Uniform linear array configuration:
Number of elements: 32
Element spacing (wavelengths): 0.5
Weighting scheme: hamming
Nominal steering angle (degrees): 45
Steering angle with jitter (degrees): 46.816
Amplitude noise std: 0.05
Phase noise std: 0.05

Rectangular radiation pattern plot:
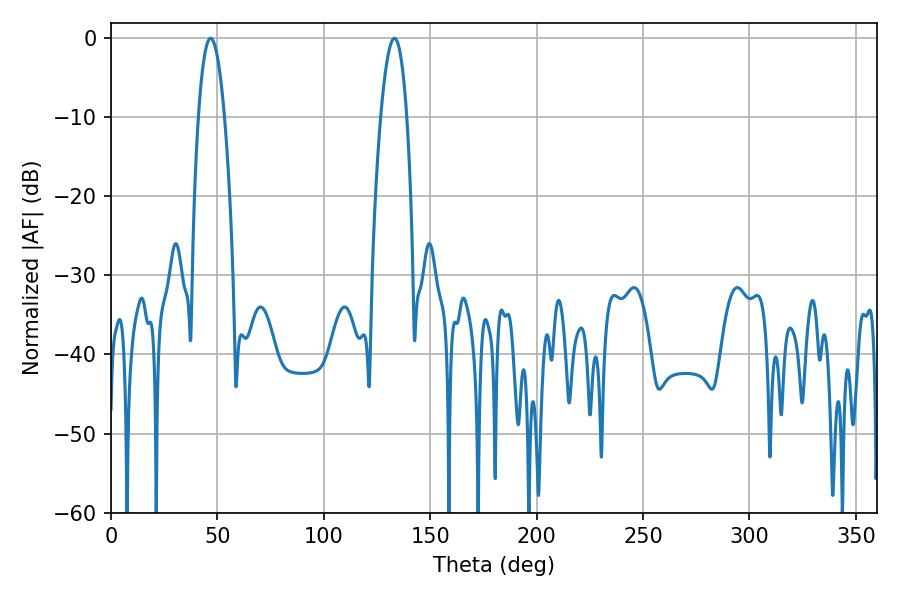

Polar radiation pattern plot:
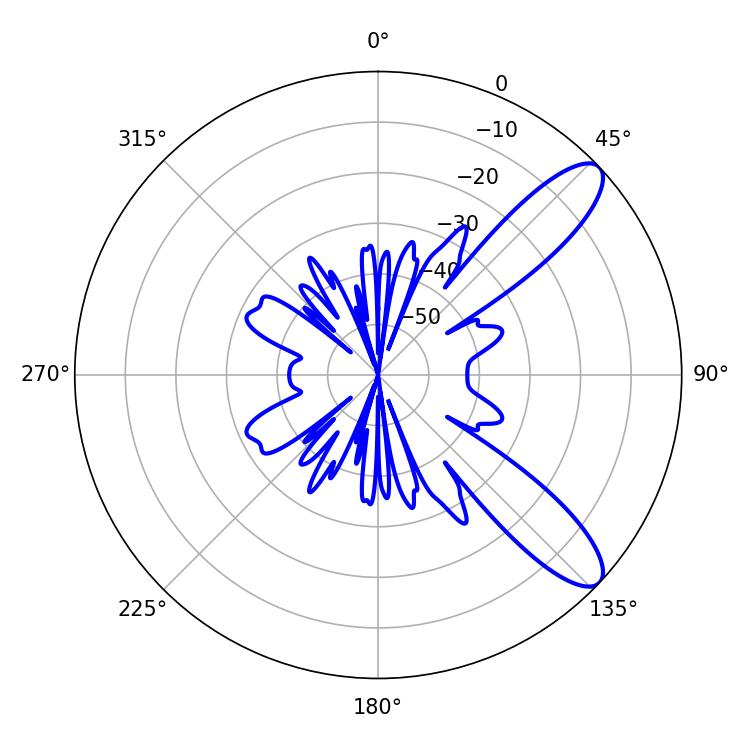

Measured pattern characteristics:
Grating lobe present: FALSE
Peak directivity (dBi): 10.325
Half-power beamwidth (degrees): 6.66
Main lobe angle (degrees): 46.8